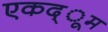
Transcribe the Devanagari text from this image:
एकद्ूम